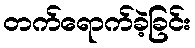
တက်ရောက်ခဲ့ခြင်း